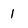
Character: 1